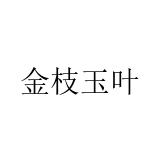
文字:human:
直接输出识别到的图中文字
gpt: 金枝玉叶